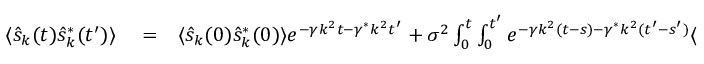
\begin{array} { r l r } { \langle \hat { s } _ { k } ( t ) \hat { s } _ { k } ^ { * } ( t ^ { \prime } ) \rangle } & { { } = } & { \langle \hat { s } _ { k } ( 0 ) \hat { s } _ { k } ^ { * } ( 0 ) \rangle e ^ { - \gamma k ^ { 2 } t - \gamma ^ { * } k ^ { 2 } t ^ { \prime } } + \sigma ^ { 2 } \int _ { 0 } ^ { t } \int _ { 0 } ^ { t ^ { \prime } } e ^ { - \gamma k ^ { 2 } ( t - s ) - \gamma ^ { * } k ^ { 2 } ( t ^ { \prime } - s ^ { \prime } ) } \langle d W _ { s } d W _ { s } ^ { \prime } \rangle } \end{array}